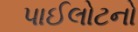
પાઈલોટનો